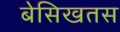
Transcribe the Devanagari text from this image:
बेसिखतस